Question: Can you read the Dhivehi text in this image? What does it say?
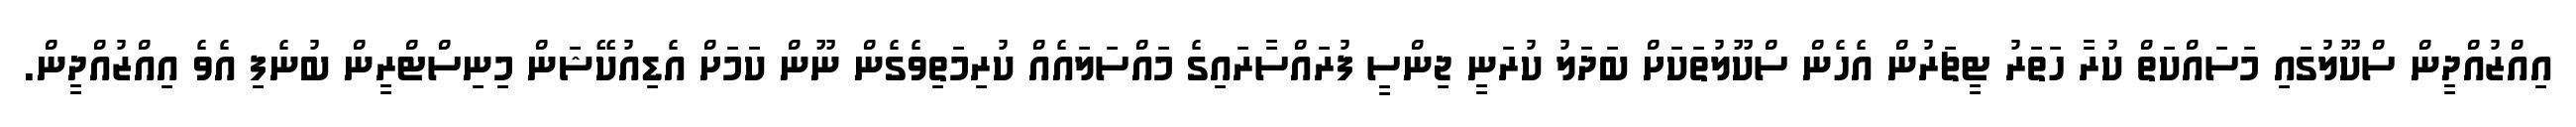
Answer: އިއްޒުއްދީން ސްކޫލުގައި މަސައްކަތް ކުރާ ހަތަރު ޓީޗަރުން އެހެން ސްކޫލުތަކަށް ބަދަލު ކުރަނީ ޖިންސީ ފުރައްސާރައިގެ މައްސަލައެއް ކުރިމަތިވެގެން ނޫން ކަމަށް އެޑިއުކޭޝަން މިނިސްޓްރީން ބުނެފި އެވެ އިއްޒުއްދީން.